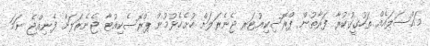
މައްސަލައެއް ތަހުގީގުކުރާ ފަރާތުން ޕްރޮސިކިއުޓަރ ޖެނެރަލަށް ހުށެހެޅުމުން ޕްރޮސެކިއުޓާ ޖެނެރަލަށް ފެނިއްޖެ ނަމަ